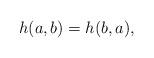
LaTeX: \begin{align*}h(a,b) = h(b,a),\end{align*}